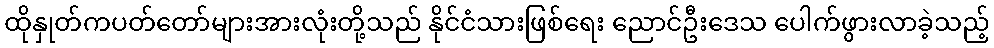
ထိုနှုတ်ကပတ်တော်များအားလုံးတို့သည် နိုင်ငံသားဖြစ်ရေး ညောင်ဦးဒေသ ပေါက်ဖွားလာခဲ့သည့်